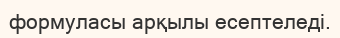
формуласы арқылы есептеледі.